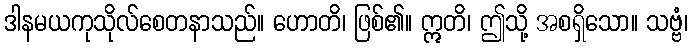
ဒါနမယကုသိုလ်စေတနာသည်။ ဟောတိ၊ ဖြစ်၏။ ဣတိ၊ ဤသို့ အစရှိသော။ သဗ္ဗံ၊